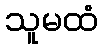
သူမထံ